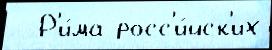
  Р'и́ма росс'и́йск'их